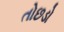
તોછડો